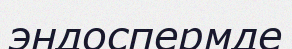
эндоспермде